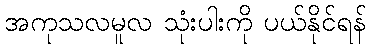
အကုသလမူလ သုံးပါးကို ပယ်နိုင်ရန်